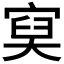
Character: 𡩔